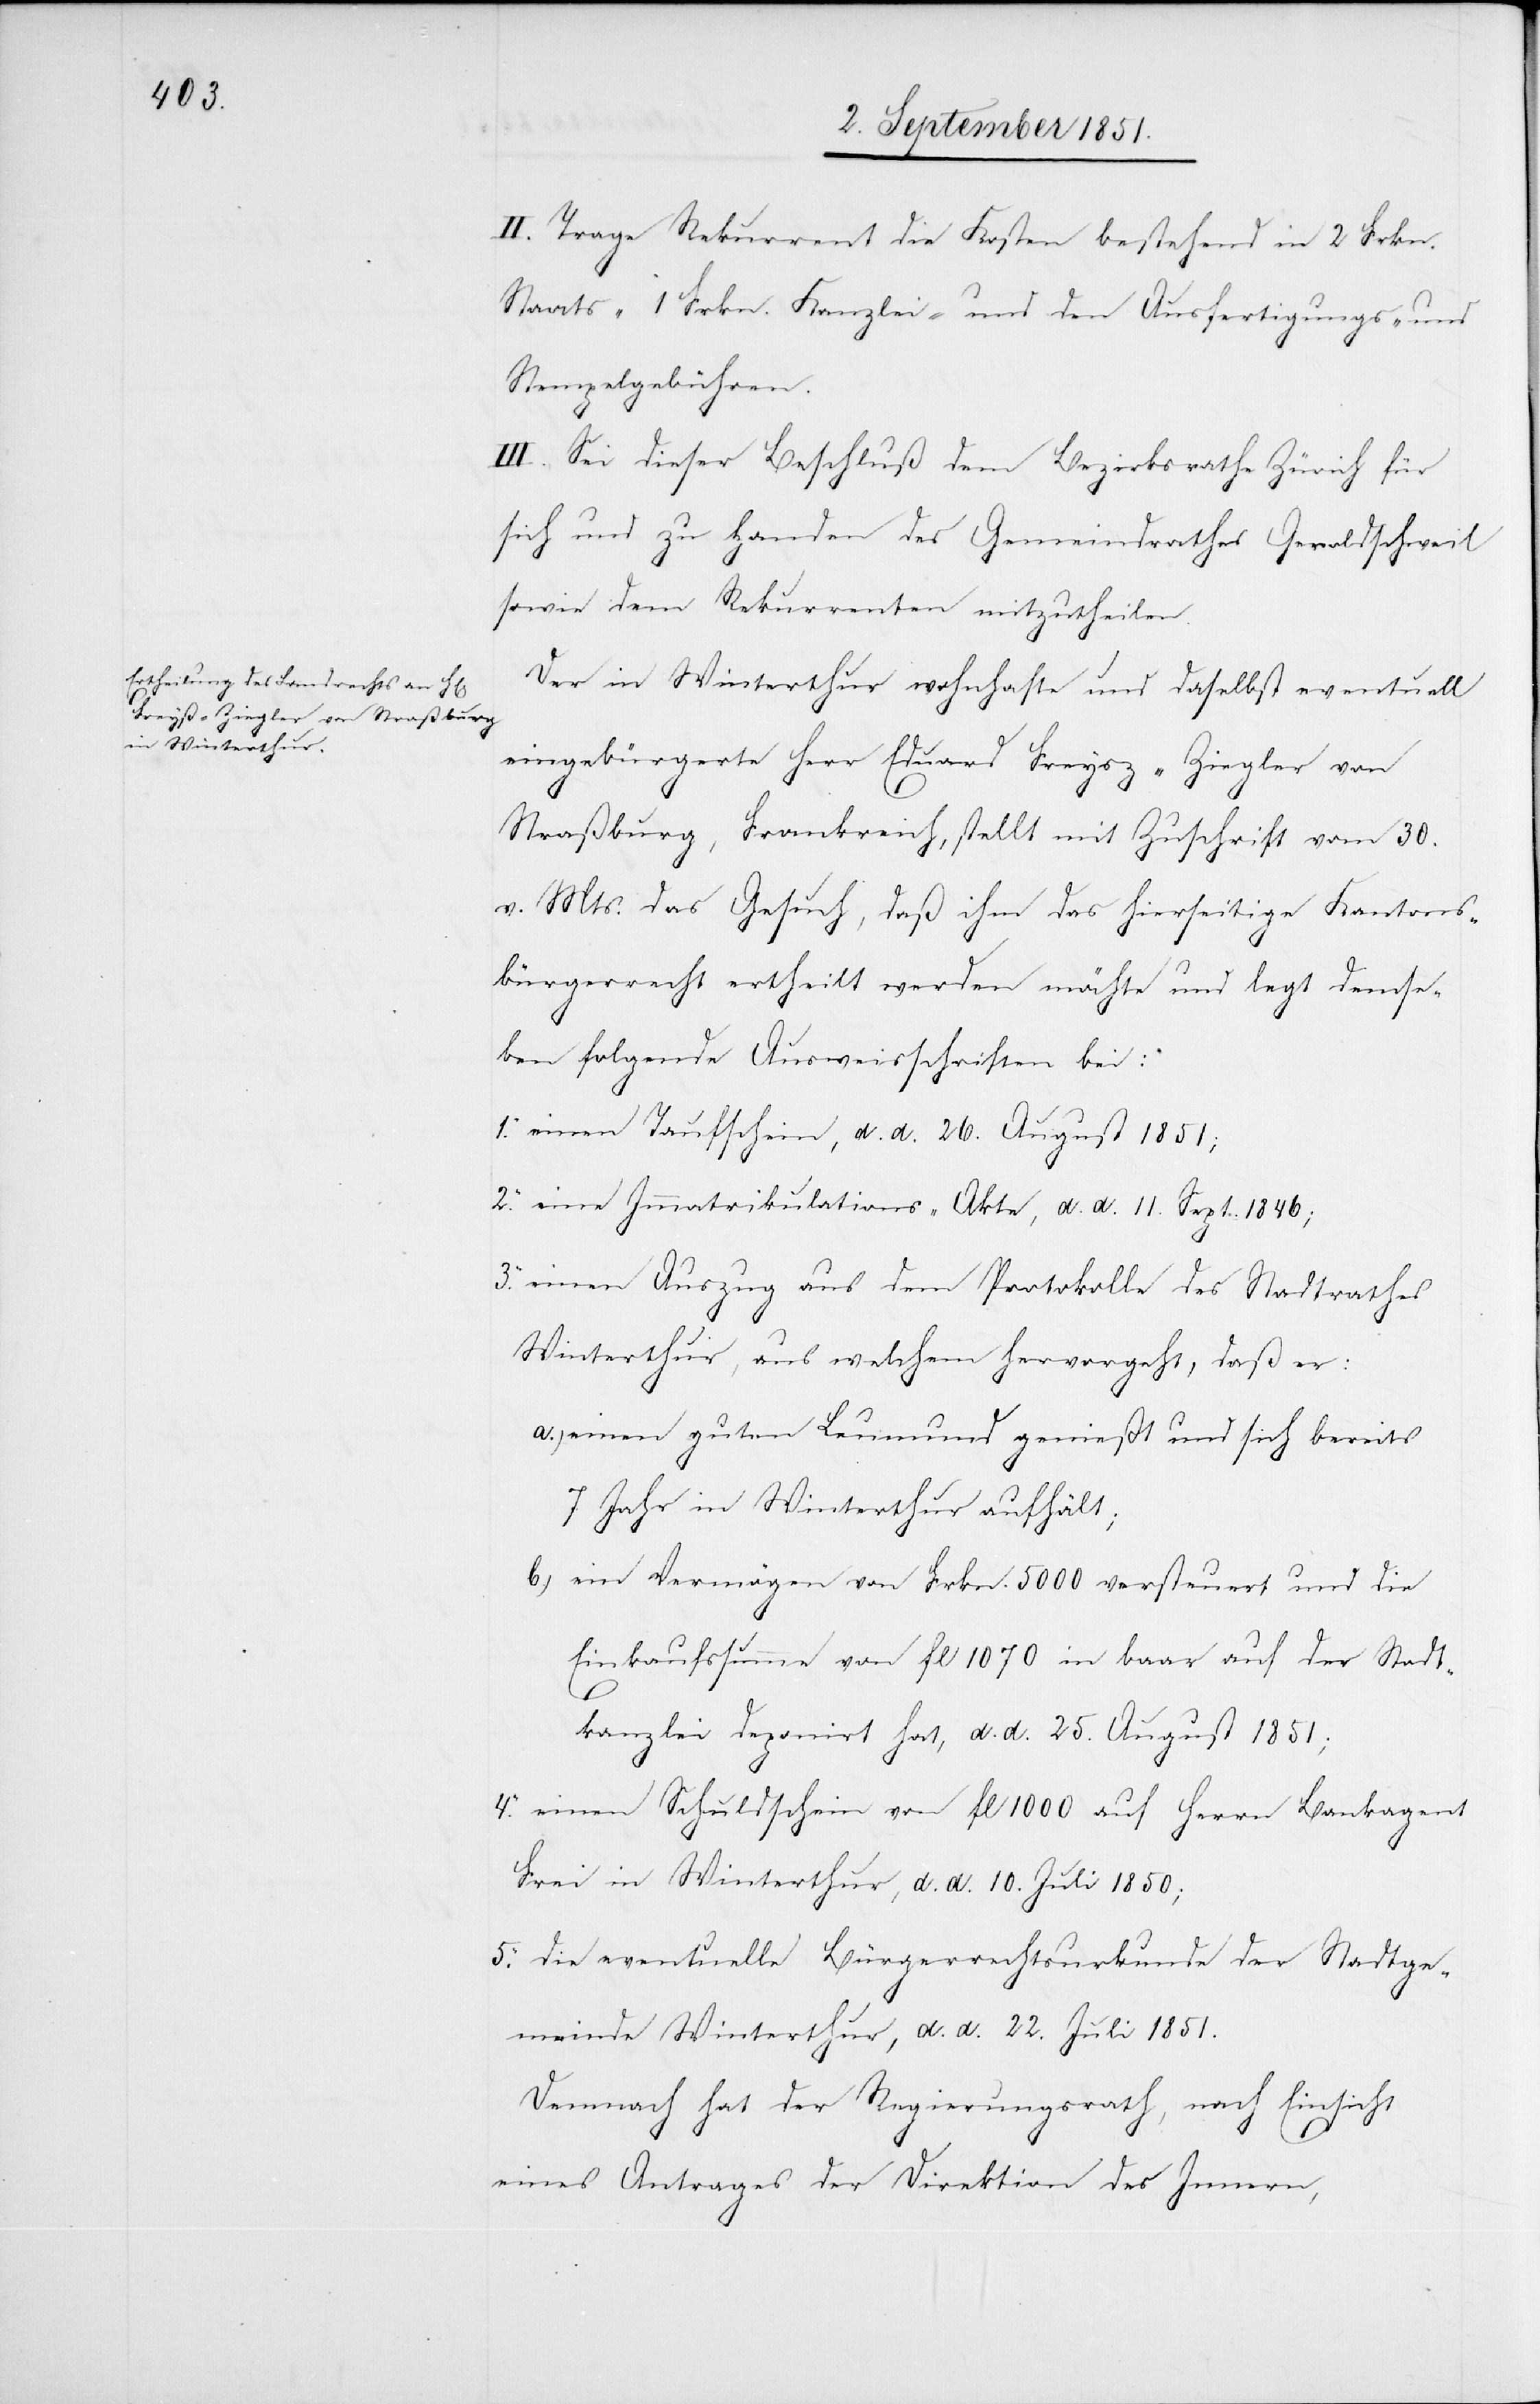
II. Trage Rekurrent die Kosten bestehend in 2 Frkn.
Staats-[,] 1 Frkn. Kanzlei- und den Ausfertigungs- und
Stempelgebühren.
III. Sei dieser Beschluß dem Bezirksrathe Zürich für
sich und zu Handen des Gemeindrathes Geroldschweil
sowie dem Rekurrenten mitzutheilen.
Der in Winterthur wohnhafte und daselbst eventuell
eingebürgerte Herr Eduard Freysz-Ziegler
Straßburg, Frankreich, stellt mit Zuschrift vom 30.
v. Mts. das Gesuch, daß ihm das hierseitige Kantons¬
bürgerrecht ertheilt werden möchte und legt demse[l]b¬
en folgende Ausweisschriften bei:
einen Taufschein, d. d. 26. August 1851;
eine Immatrikulations-Akte, d. d. 11. Sept. 1846;
einen Auszug aus dem Protokolle des Stadtrathes
Winterthur, aus welchem hervorgeht, daß er:
einen guten Leumund genießt und sich bereits
7 Jahr in Winterthur aufhält;
ein Vermögen von Frkn. 5000 versteuert und die
Einkaufssumme von fl 1070 in baar auf der Stadt¬
5.
kanzlei deponirt hat, d. d. 25. August 1851;
einen Schuldschein von fl 1000 auf Herrn Bankagent
Frei in Winterthur, d. d. 10. Juli 1850;
die eventuelle Bürgerrechtsurkunde der Stadtge¬
meinde Winterthur, d. d. 22. Juli 1851.
Demnach hat der Regierungsrath, nach Einsicht
eines Antrages der Direktion des Innern,